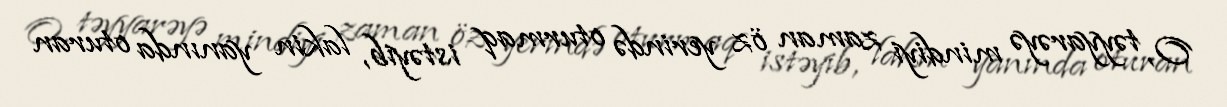
O, təyyarəyə mindiyi zaman öz yerində oturmaq istəyib, lakin yanında oturan